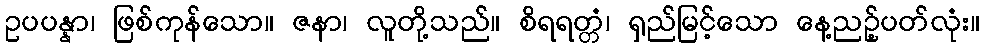
ဥပပန္နာ၊ ဖြစ်ကုန်သော။ ဇနာ၊ လူတို့သည်။ စိရရတ္တံ၊ ရှည်မြင့်သော နေ့ညဉ့်ပတ်လုံး။